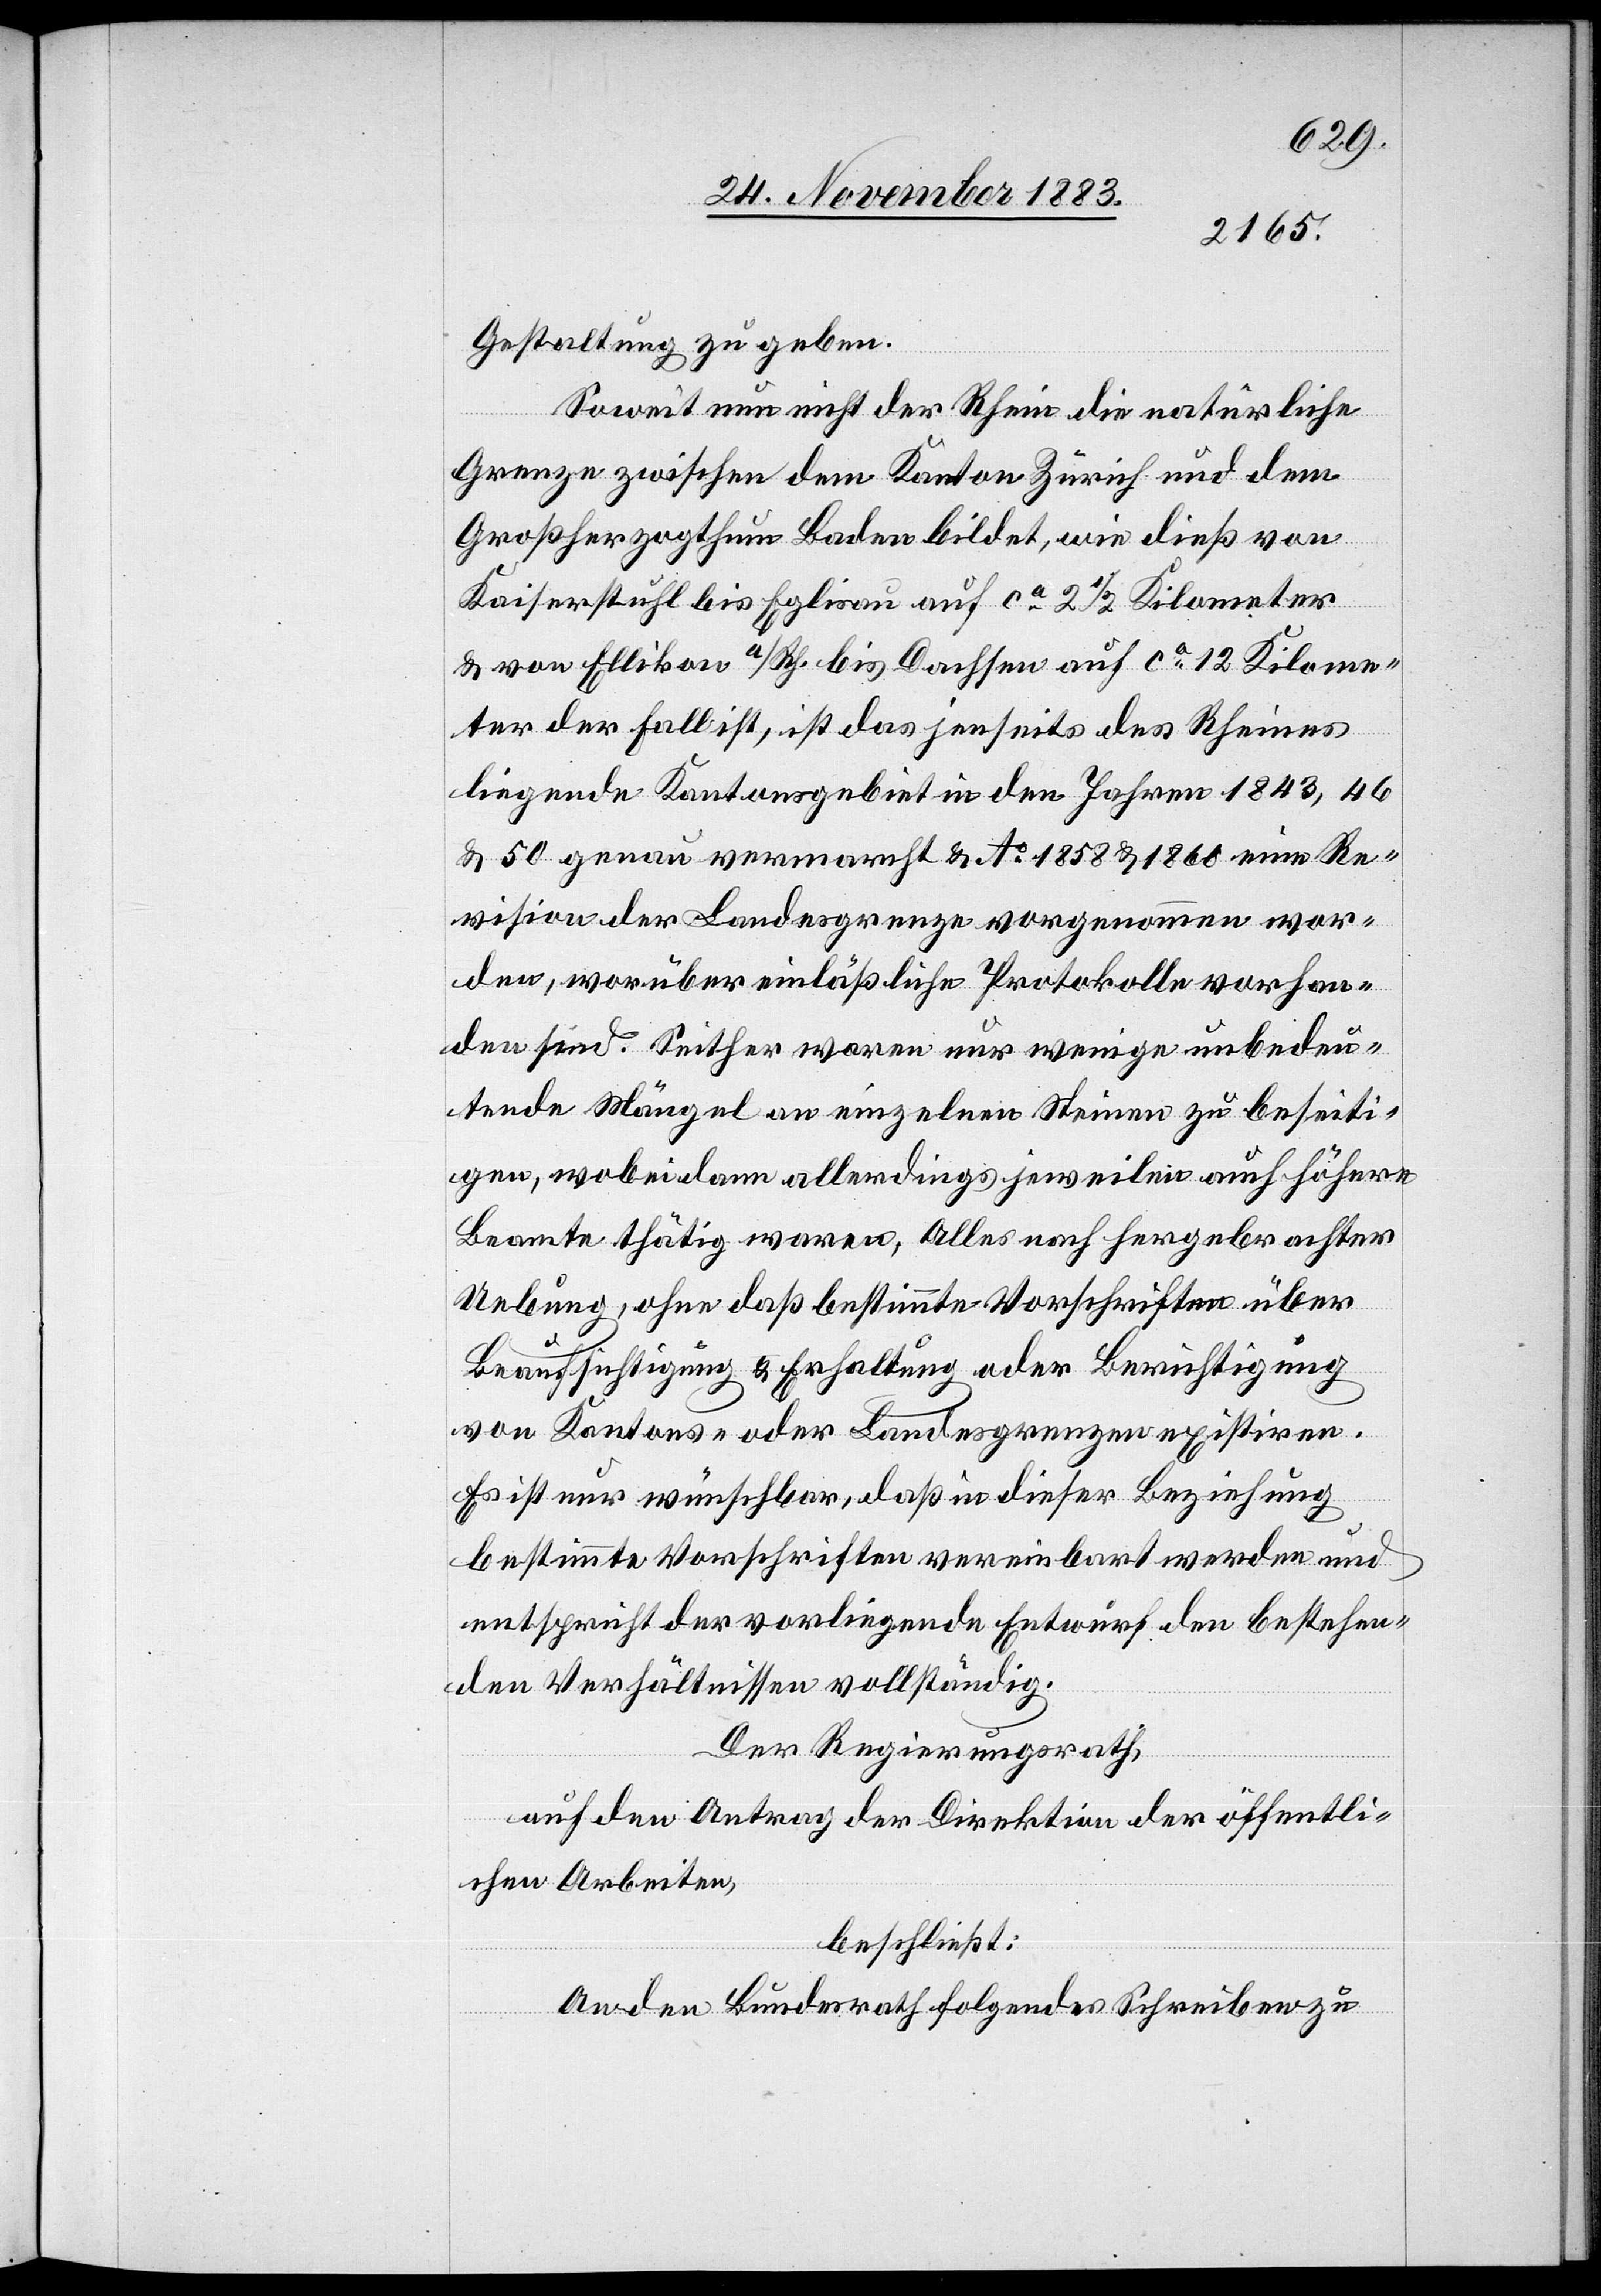
Gestaltung zu geben.
Soweit nun nicht der Rhein die natürliche
Grenze zwischen dem Kanton Zürich und dem
Großherzogthum Baden bildet, wie dieß von
Kaiserstuhl bis Eglisau auf ca 2 1/2 Kilometer
& von Ellikon a/Rh. bis Dachsen auf ca 12 Kilome¬
ter der Fall ist, ist das jenseits des Rheines
liegende Kantonsgebiet in den Jahren 1843, 46
& 50 genau vermarcht & Ao 1858 & 1860 eine Re¬
vision der Landesgrenze vorgenommen wor¬
den, worüber einläßliche Protokolle vorhan¬
den sind. Seither waren nur wenige unbedeu¬
tende Mängel an einzelnen Steinen zu beseiti¬
gen, wobei dann allerdings jeweilen auch höhere
Beamte thätig waren, Alles nach hergebrachter
Uebung, ohne daß bestimmte Vorschriften über
Beaufsichtigung & Erhaltung oder Berichtigung
von Kantons- oder Landesgrenzen existiren.
Es ist nur wünschbar, daß in dieser Beziehung
bestimmte Vorschriften vereinbart werden und
entspricht der vorliegende Entwurf den bestehen¬
den Verhältnissen vollständig.
Der Regierungsrath,
auf den Antrag der Direktion der öffentli¬
chen Arbeiten,
beschließt:
An den Bundesrath folgendes Schreiben zu